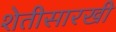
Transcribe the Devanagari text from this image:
शेतीसारखी